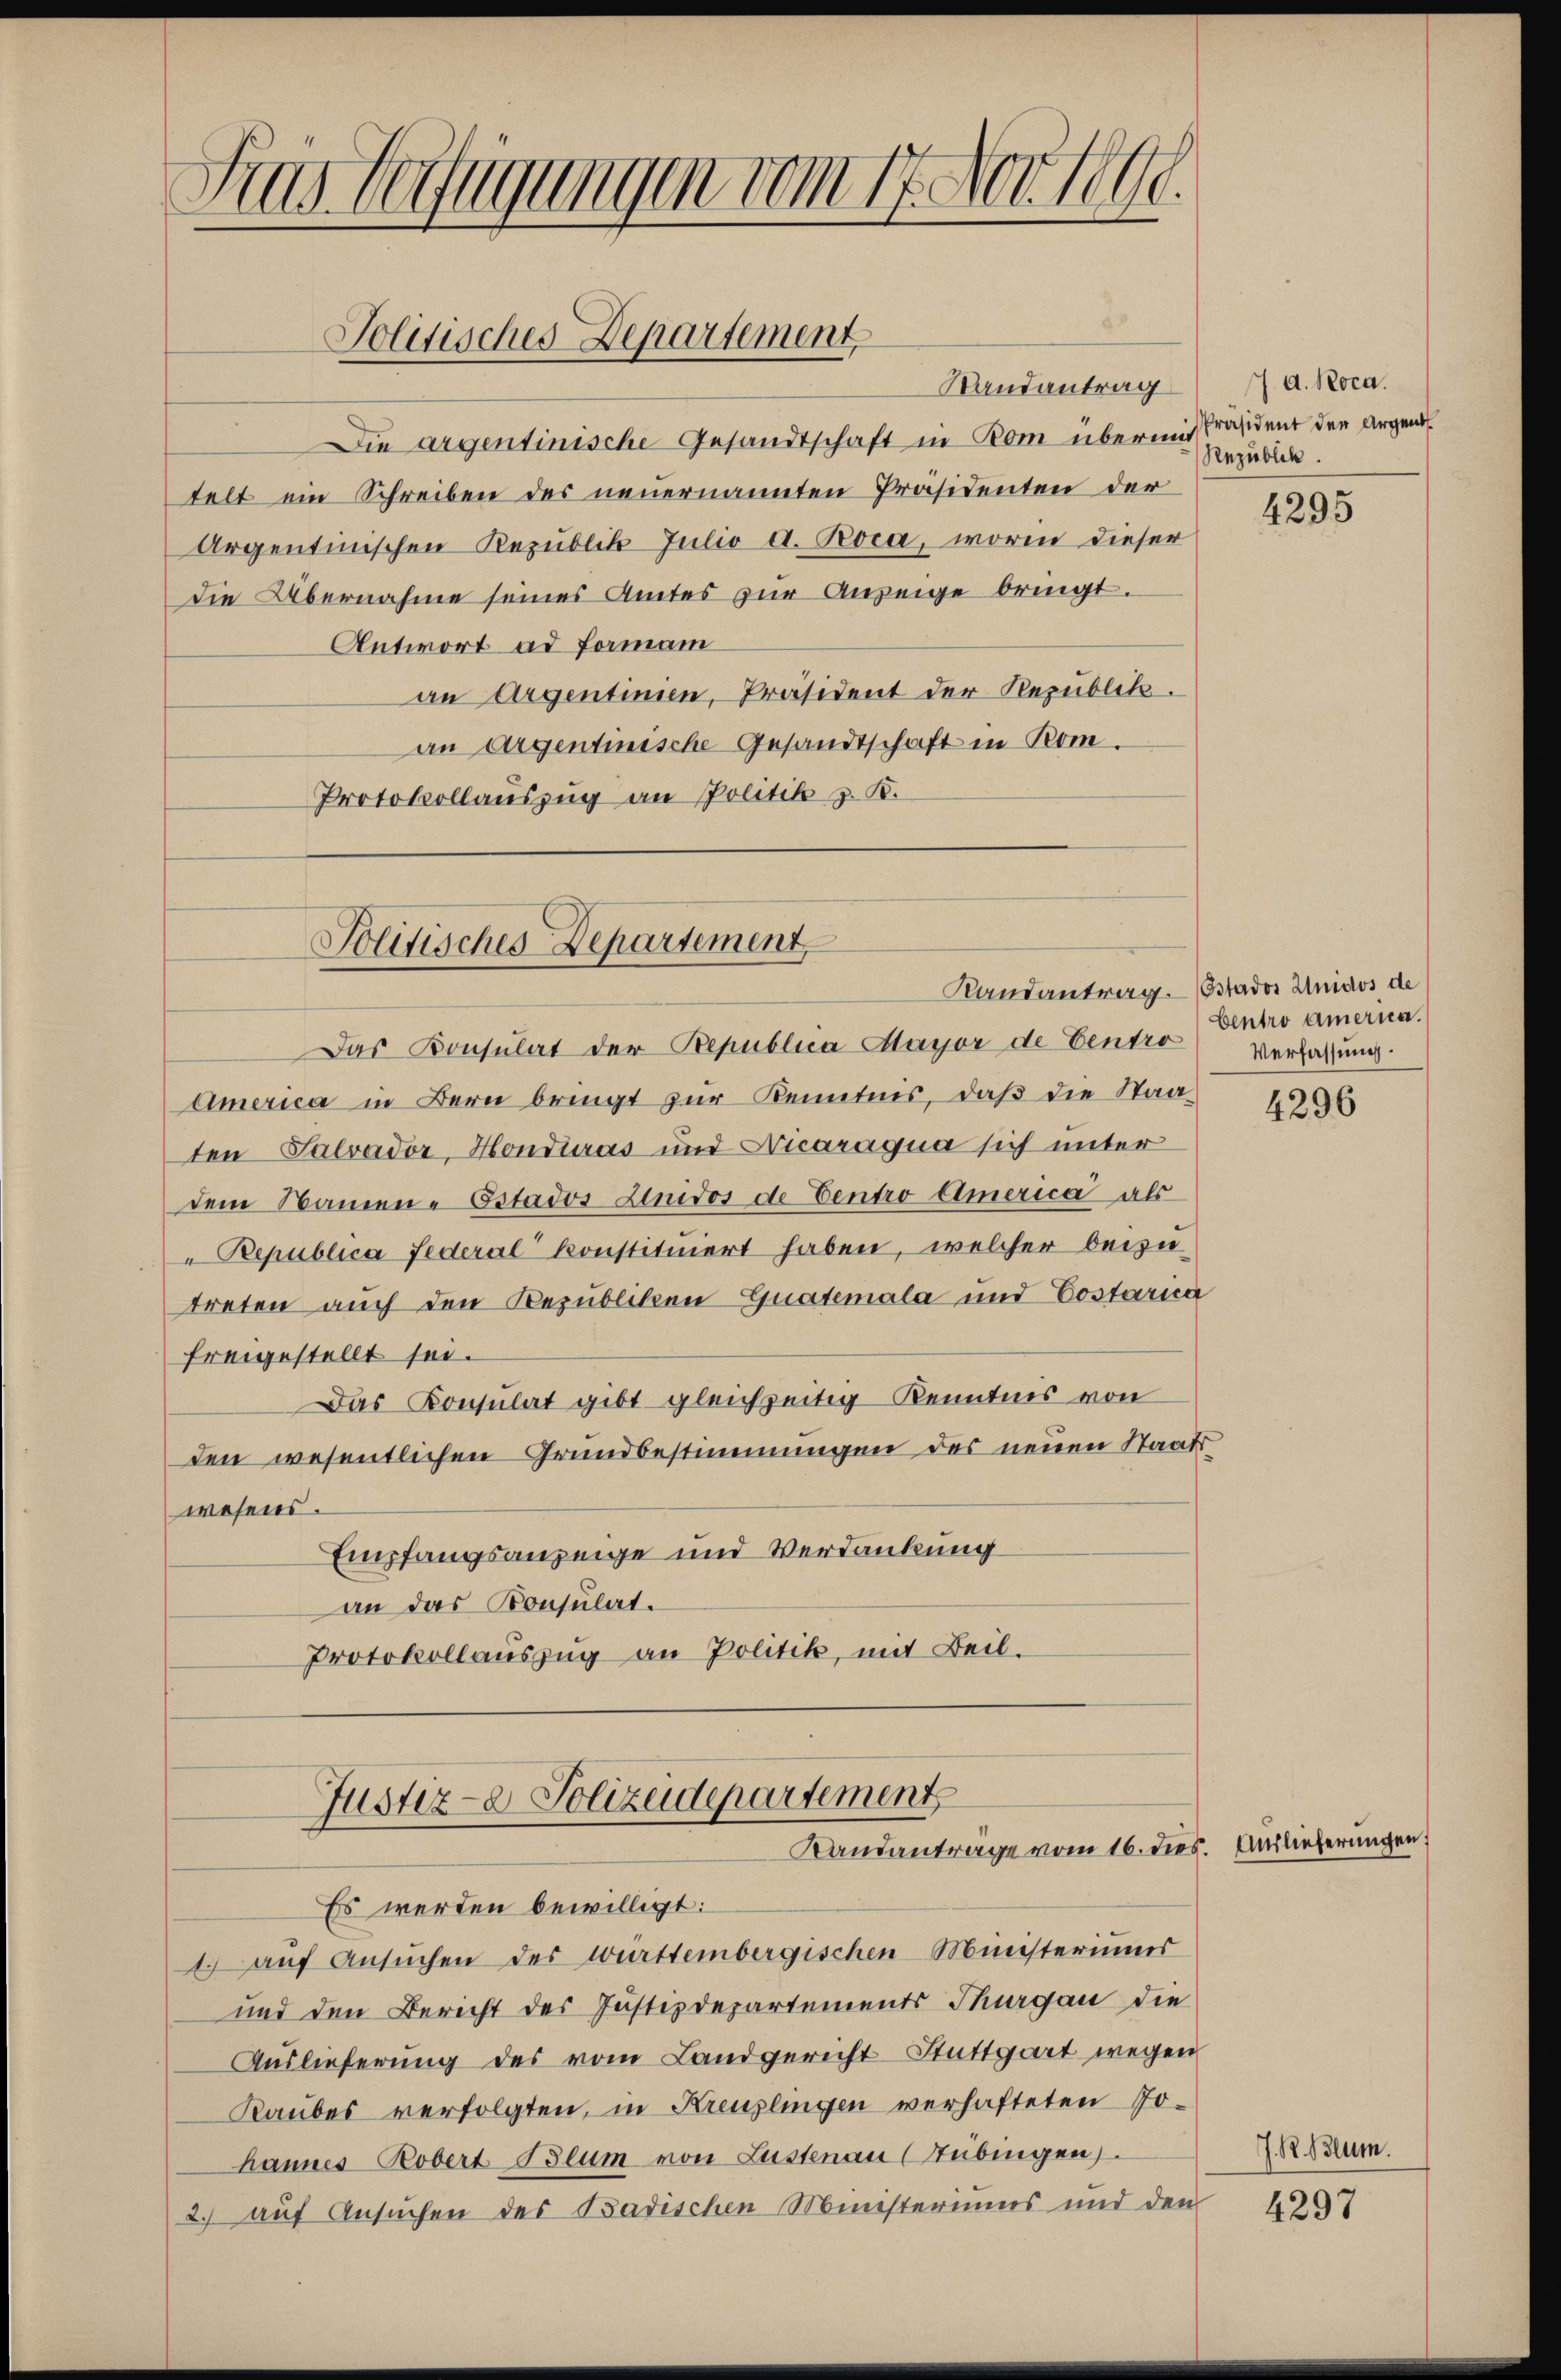
Randantrag
Die argentinische Gesandtschaft in Rom übermit Präsident den Argend
telt ein Schreiben des neuernannten Präsidenten der
Argentinischen Republik Julio d. Poca, worin dieser
die Übernahme seines Amtes zur Anzeige bringt.
Antwort ad Forman
an Argentinien, Präsident der Republik.
an Argentinische Gesandtschaft in Rom.
Protokollauszug an Politik z. B.

Ains Verfügungen vom 17. Nov. 1890.

Politisches Departement

Das Konsulat der Bepublica Mayor de Centro
America in Bern bringt zur Kenntnis, daß die Staaten Salvador Hondinas und Nicaraqua sich unter
dem Namen - Estados Linidos de Centro Eimerica als
" Republica Federal konstituiert haben, welcher beizu-
treten auch den Republiken-Guatemala und Costaria
freigestellt sei.
Das Consulat gibt gleichzeitig Kenntnis von
den wesentlichen Grundbestimmungen des neuen Staat
wesens.
Empfangsanzeige und Verdankung
an das Konsulat¬
Protokollauszug an Politik, mit Beil.
Justiz- & Polizeidepartement
Randantrage vom 16. dies. Auslieferungen
Es werden bewilligt:
1) auf Ansŭchen des württembergischen Ministeriums
und den Bericht des Justizdepartements Thurgau die
Auslieferung des vom Landgericht Stuttgart wegen
Raubes verfolgten, in Kreuzlingen verhafteten Jo-
hannes Robert Blum von Lustenau (Tübingen.
2.) auf Ansuchen des Badischen Ministeriums und den

Politisches Departement

Randantrag. (Ostador Unidos de

7. d. Roca.
Rezüblick.

4295

Centro amerna.
Verfassung.

4296

J. R. Blum.

4297